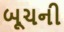
બૂચની